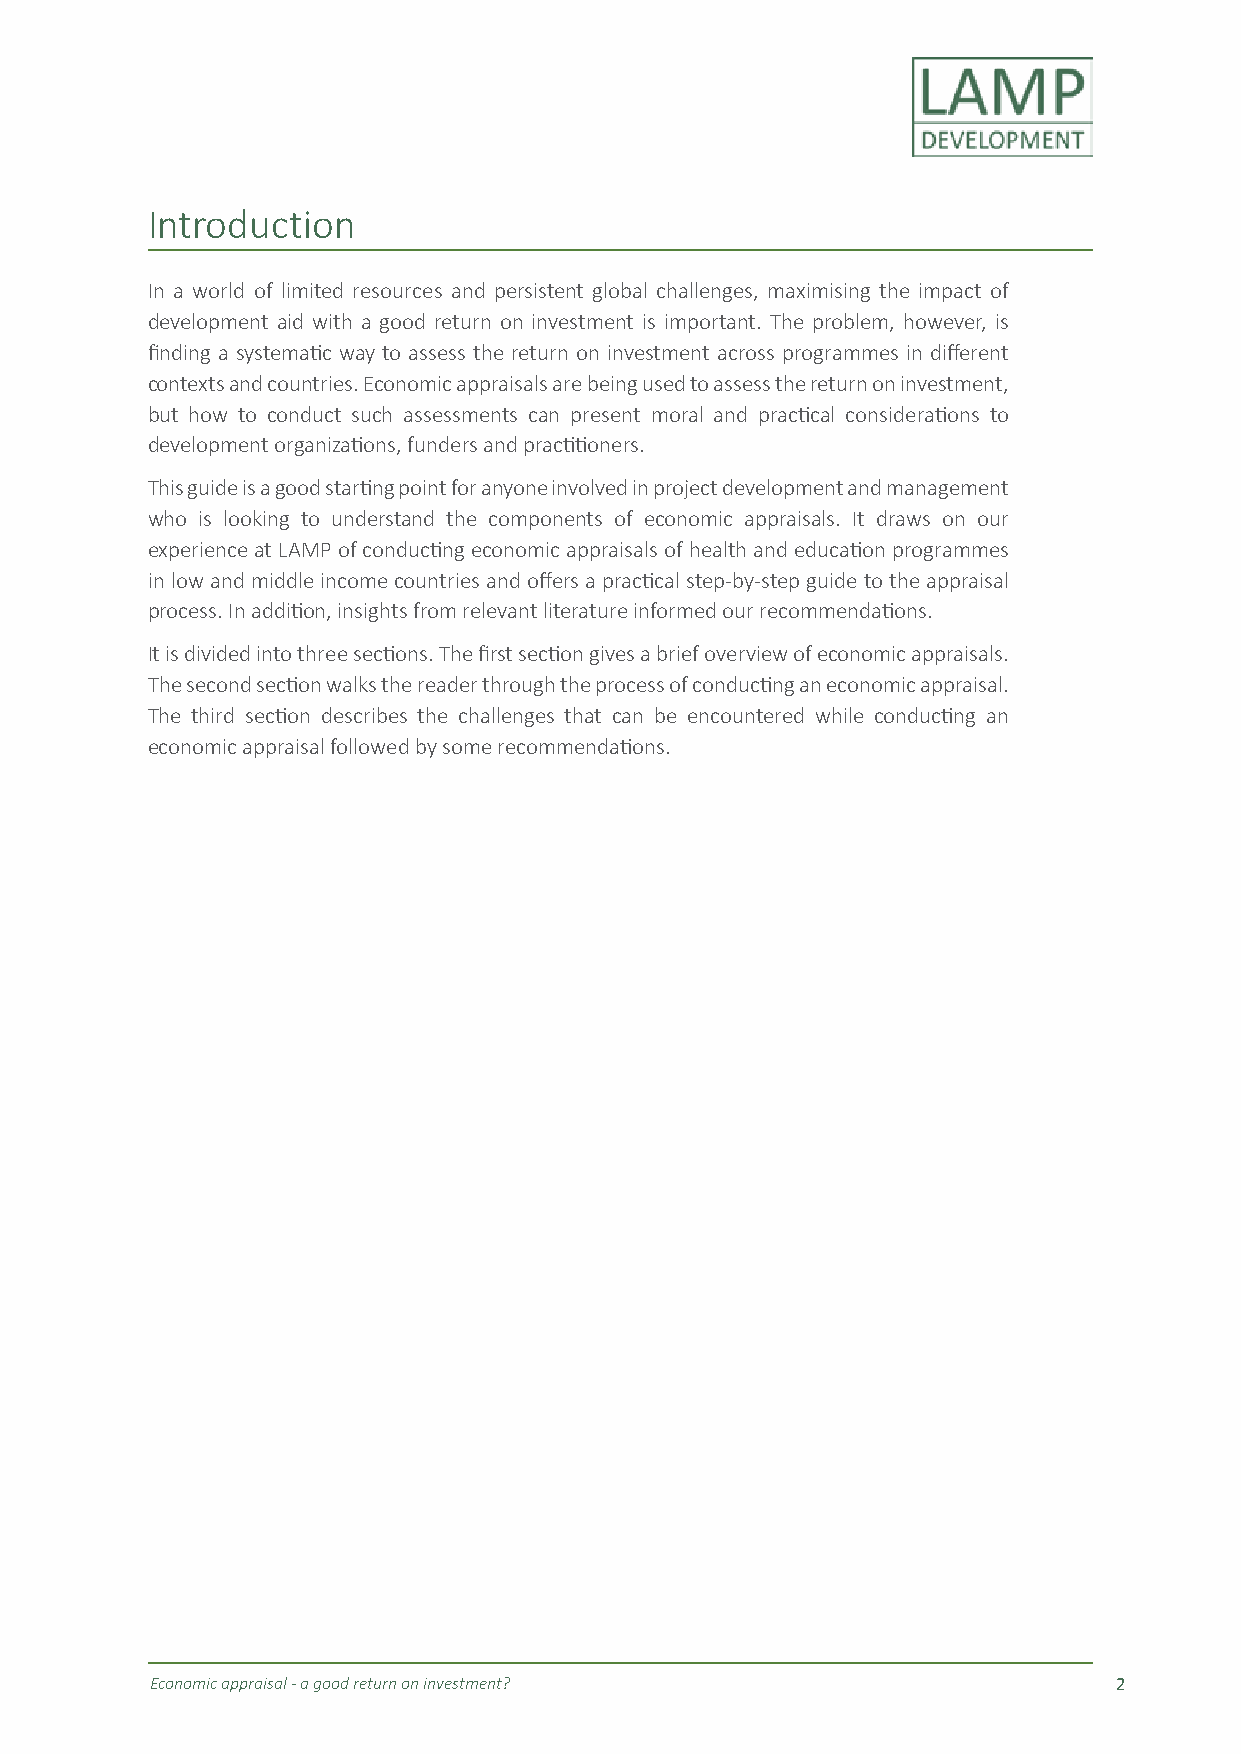
Introduction
 In a world of limited resources and persistent global challenges, maximising the impact of
 development aid with a good return on investment is important. The problem, however, is
 finding a systematic way to assess the return on investment across programmes in different
 contexts and countries. Economic appraisals are being used to assess the return on investment,
 but how to conduct such assessments can present moral and practical considerations to
 development organizations, funders and practitioners.
 This guide is a good starting point for anyone involved in project development and management
 who is looking to understand the components of economic appraisals. It draws on our
 experience at LAMP of conducting economic appraisals of health and education programmes
 in low and middle income countries and offers a practical step-by-step guide to the appraisal
 process. In addition, insights from relevant literature informed our recommendations.
 It is divided into three sections. The first section gives a brief overview of economic appraisals.
 The second section walks the reader through the process of conducting an economic appraisal.
 The third section describes the challenges that can be encountered while conducting an
 economic appraisal followed by some recommendations.
 Economic appraisal - a good return on investment?               2